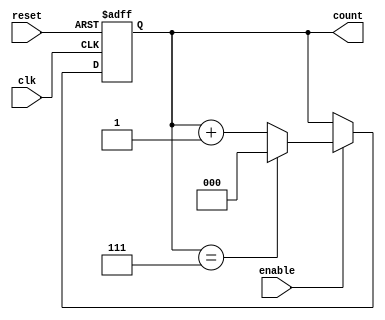
module binary_up_counter (
    input wire clk,         // Clock input
    input wire reset,       // Asynchronous reset input
    input wire enable,      // Enable input
    output reg [n-1:0] count // n-bit counter output
);
    parameter n = 3; // Number of bits for the counter (default is 3 bits)

    // Asynchronous reset and counting logic
    always @(posedge clk or posedge reset) begin
        if (reset) begin
            count <= 0; // Reset the counter to 0
        end else if (enable) begin
            count <= (count == (2**n - 1)) ? 0 : (count + 1); // Increment counter with wrap around
        end
    end
endmodule